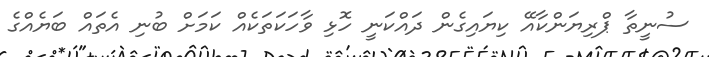
ސުނީތާ ޕްރިޔަންކާއޭ ކިޔައިގެން ދައްކަނީ ހޮޅި ވާހަކަތަކެއް ކަމަށް ބުނި އެތައް ބަޔެއްގެ